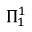
\Pi _ { 1 } ^ { 1 }